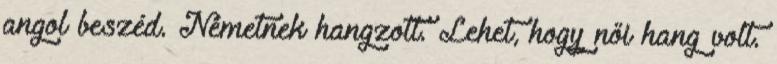
angol beszéd. Németnek hangzott. Lehet, hogy női hang volt.